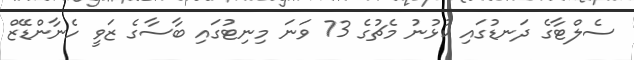
ސެލްޓާގެ ދަނޑުގައި ކުޅުނު މެޗުގެ 73 ވަނަ މިނިޓުގައި ބާސާގެ ޒަވީ ހެނާންޑޭޒް